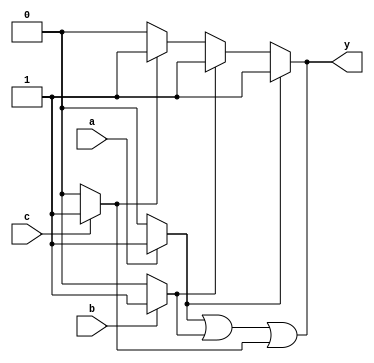
module multiple_drivers (
    input wire a,
    input wire b,
    input wire c,
    output wire y
);

// Internal signal to hold the value driven by multiple sources
wire driver1_out;
wire driver2_out;
wire driver3_out;

// Driver 1: Drives y based on input a
always @(*) begin
    if (a) begin
        driver1_out = 1'b1; // Driver 1 drives high if a is true
    end else begin
        driver1_out = 1'b0; // Otherwise, it drives low
    end
end

// Driver 2: Drives y based on input b
always @(*) begin
    if (b) begin
        driver2_out = 1'b1; // Driver 2 drives high if b is true
    end else begin
        driver2_out = 1'b0; // Otherwise, it drives low
    end
end

// Driver 3: Drives y based on input c
always @(*) begin
    if (c) begin
        driver3_out = 1'b1; // Driver 3 drives high if c is true
    end else begin
        driver3_out = 1'b0; // Otherwise, it drives low
    end
end

// Continuous assignment with priority resolution
assign y = (driver1_out | driver2_out | driver3_out);

// Conflict resolution: Priority is given to driver1 > driver2 > driver3
// This can be modified based on design requirements
assign y = (driver1_out) ? 1'b1 :
           (driver2_out) ? 1'b1 :
           (driver3_out) ? 1'b1 : 1'b0;

endmodule